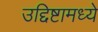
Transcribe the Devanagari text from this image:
उद्दिष्टामध्ये